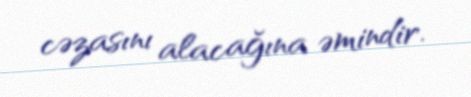
cəzasını alacağına əmindir.